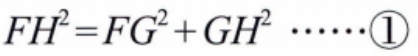
\(FH^{2}=FG^{2}+GH^{2}\ \cdots\cdots\textcircled{1}\)